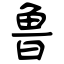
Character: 鲁